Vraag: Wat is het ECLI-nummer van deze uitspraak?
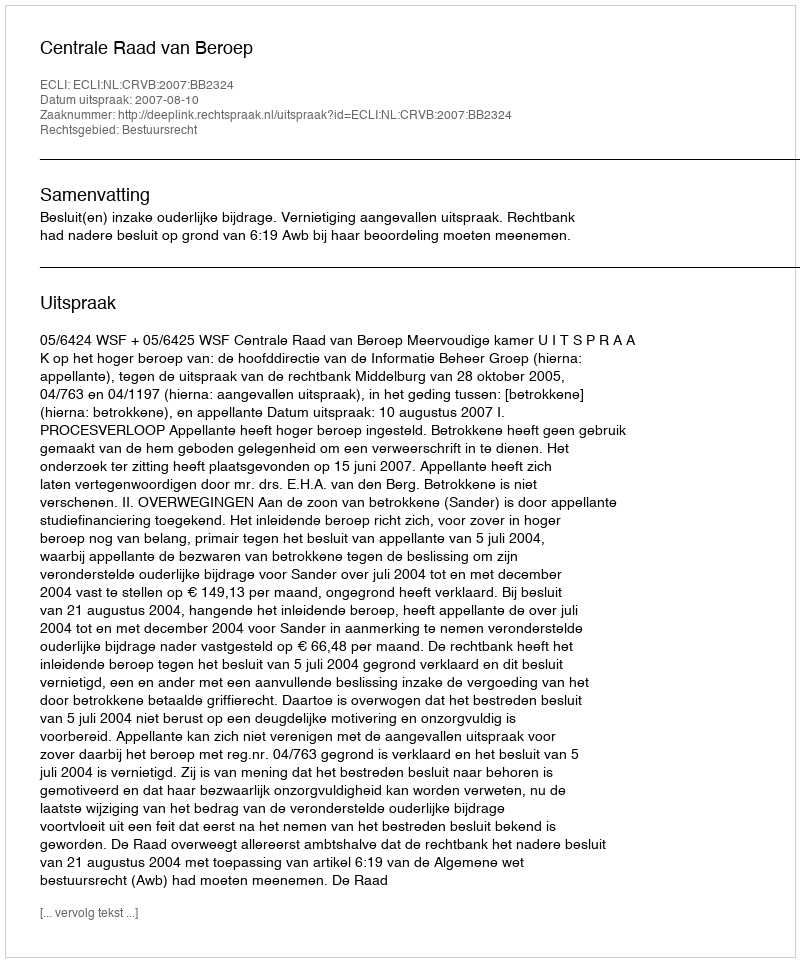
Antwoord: ECLI:NL:CRVB:2007:BB2324